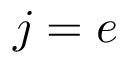
j = e